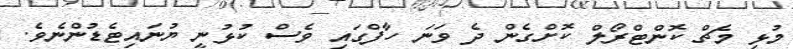
މުޅި މެޗް ކޮންޓްރޯލް ކޮށްގެން ދެ ވަނަ ހާފްގައި ވެސް ކުޅުނީ ޔުނައިޓެެޑުންނެވެ.